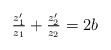
\begin{align*}\tfrac{z'_1}{z_1}+\tfrac{z_2'}{z_2}=2b\end{align*}